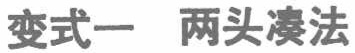
变式一 两头凑法